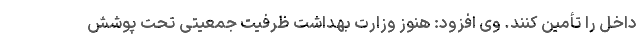
داخل را تأمین کنند. وی افزود: هنوز وزارت بهداشت ظرفیت جمعیتی تحت پوشش